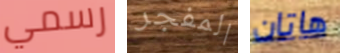
رسمي المفجر هاتان